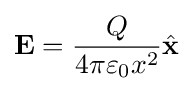
\mathbf {E} ={\frac {Q}{4\pi \varepsilon _{0}x^{2}}}{\hat {\mathbf {x} }}